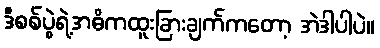
ဒီစစ်ပွဲရဲ့အဓိကထူးခြားချက်ကတော့ အဲဒါပါပဲ။